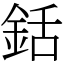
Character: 銛